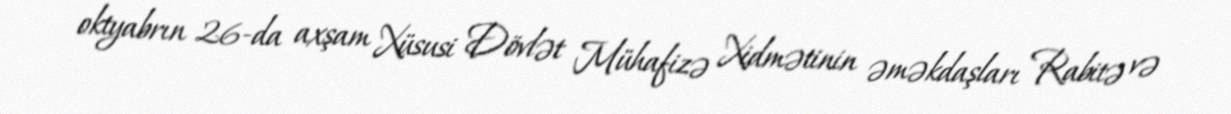
oktyabrın 26-da axşam Xüsusi Dövlət Mühafizə Xidmətinin əməkdaşları Rabitə və